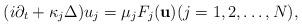
LaTeX: \begin{align*}(i \partial_t + \kappa_j \Delta) u_j = \mu_j {F}_j({\bf u})(j=1,2,\dots,N),\end{align*}